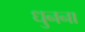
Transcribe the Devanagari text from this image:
धुनना